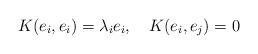
LaTeX: \begin{align*} K(e_i,e_i)=\lambda _i e_i ,\ \ \ K(e_i,e_j)=0 \end{align*}